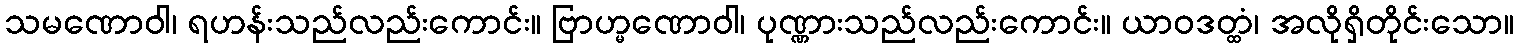
သမဏောဝါ၊ ရဟန်းသည်လည်းကောင်း။ ဗြာဟ္မဏောဝါ၊ ပုဏ္ဏားသည်လည်းကောင်း။ ယာဝဒတ္ထံ၊ အလိုရှိတိုင်းသော။